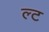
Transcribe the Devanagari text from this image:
ल्ट